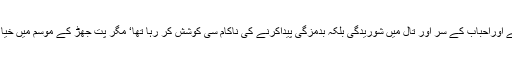
محفل کے ارگرد قدرت کا حسین حسن نظر آرہا تھا‘نالے کا پانی محفل کے رنگ میں بھنگ ڈالنے اوراحباب کے سُر اور تال میں شوریدگی بلکہ بدمزگی پیداکرنے کی ناکام سی کوشش کر رہا تھا‘ مگر پت جھڑ کے موسم میں خیالات کی دنیامیں محفل نشاط اور احباب کی سریں دل و دماغ میں عجب کیفیات پیدا کررہے تھے۔